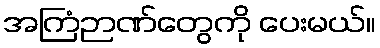
အကြံဉာဏ်တွေကို ပေးမယ်။